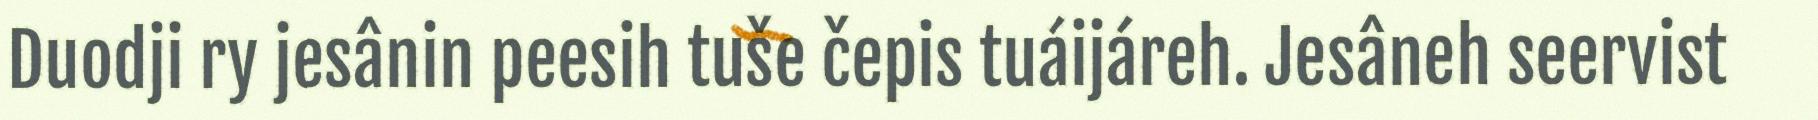
Duodji ry jesânin peesih tuše čepis tuáijáreh. Jesâneh seervist